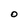
Character: O